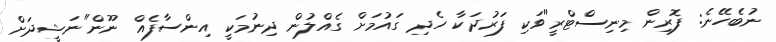
ނުބެހޭނެ: ފޮރިން މިނިސްޓްރީ"ވަކި ފަރުދަކާ ހެދި ގައުމަށް ގެއްލުން ދިނުމަކީ އިންސާފެއް ނޫން"ނަޝީދަށް